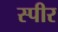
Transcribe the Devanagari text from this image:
स्पीर